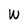
Character: W